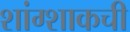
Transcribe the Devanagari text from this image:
शांग्शाकची